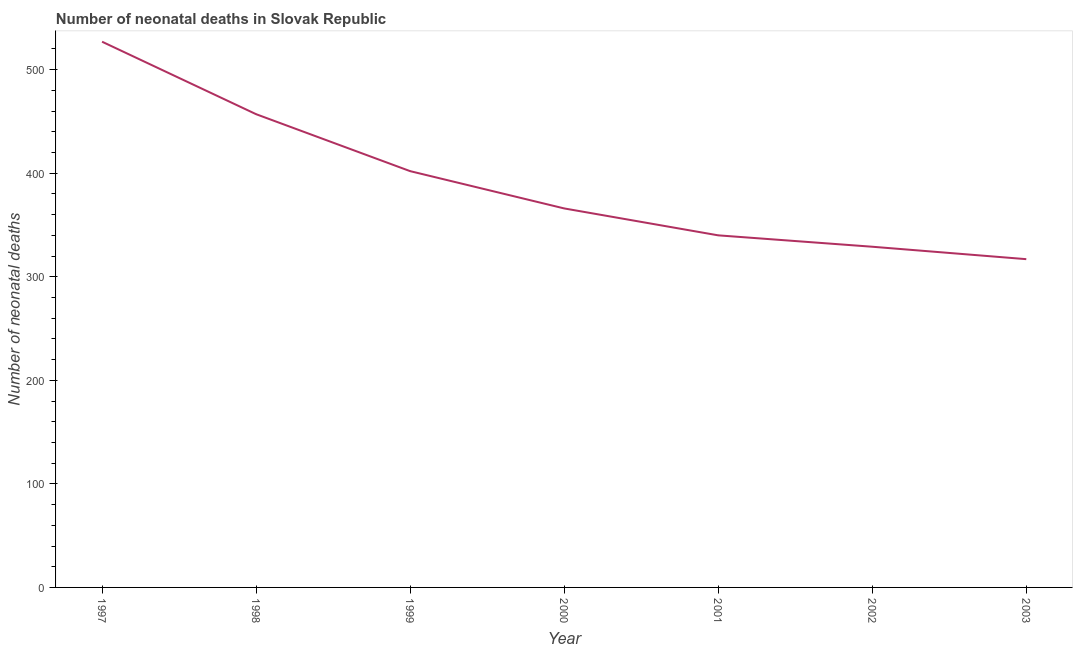
| Year | Neonatal deaths |
 | --- | --- |
 | 1997 | 527 |
 | 1998 | 457 |
 | 1999 | 402 |
 | 2000 | 366 |
 | 2001 | 340 |
 | 2002 | 329 |
 | 2003 | 317 |